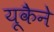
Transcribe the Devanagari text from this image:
यूकैने